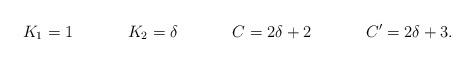
LaTeX: \begin{align*}K_1 = 1 && K_2 = \delta && C = 2\delta + 2 && C' = 2\delta+3.\end{align*}